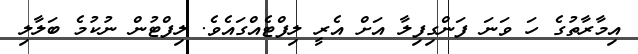
އިމާރާތުގެ ހަ ވަނަ ފަންގިފިލާ އަށް އެރީ ލިފްޓެއްގައެވެ. ލިފްޓުން ނުކުމެ ބަލާލި